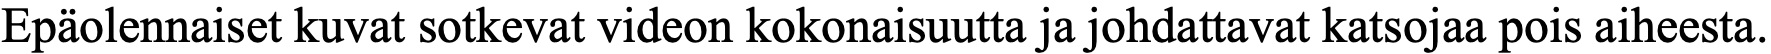
Epäolennaiset kuvat sotkevat videon kokonaisuutta ja johdattavat katsojaa pois aiheesta.